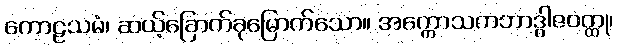
ကောဠသမံ၊ ဆယ့်ခြောက်ခုမြောက်သော။ အက္ကောသကဘာဒွါဇဝတ္ထု၊